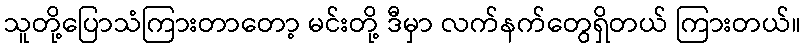
သူတို့ပြောသံကြားတာတော့ မင်းတို့ ဒီမှာ လက်နက်တွေရှိတယ် ကြားတယ်။